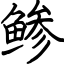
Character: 鲹